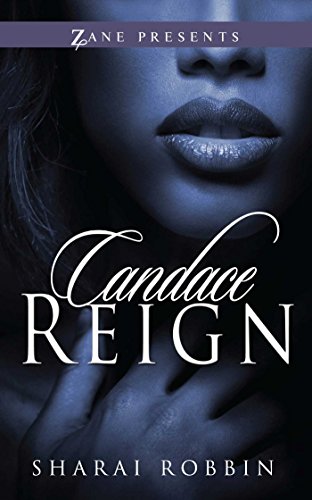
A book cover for Candace Reign (Zane Presents); Sharai Robbin; Literature & Fiction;